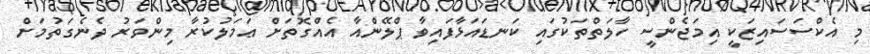
މި އެކްސަސައިޒަކީ އިމަޖެންސީ ހާލަތްތަކުގައި ކަނޑައަޅާފައިވާ ޕްލޭންއާ އެއްގޮތަށް ޢަމަލުކުރާ މިންވަރު ދެނެގަތުމަށް